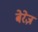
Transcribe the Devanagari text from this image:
बेरेज़